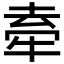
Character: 𭷣